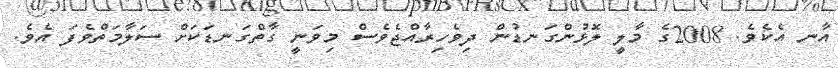
އާނ އެކެވެ. 2008ގެ މާލީ ލޮޅުންގަނޑުން ދިވެހިރާއްޖެވެސް މިވަނީ ގާތްގަނޑަކަށް ސަލާމަތްވެފަ އެވެ.